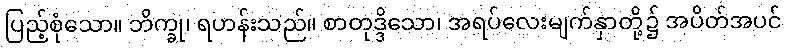
ပြည့်စုံသော။ ဘိက္ခု၊ ရဟန်းသည်။ စာတုဒ္ဒိသော၊ အရပ်လေးမျက်နှာတို့၌ အပိတ်အပင်